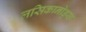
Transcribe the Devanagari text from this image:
लसिकानोड्स